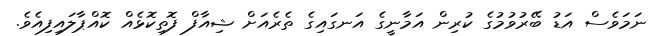
ނަމަވެސް އަޑު ބޭރުވުމުގެ ކުރިން އަމާނީގެ އަނގައިގެ ތެރެއަށް ޝިއާފް ފޮތިކޮޅެއް ކޮއްޕާލައިފިއެވެ.